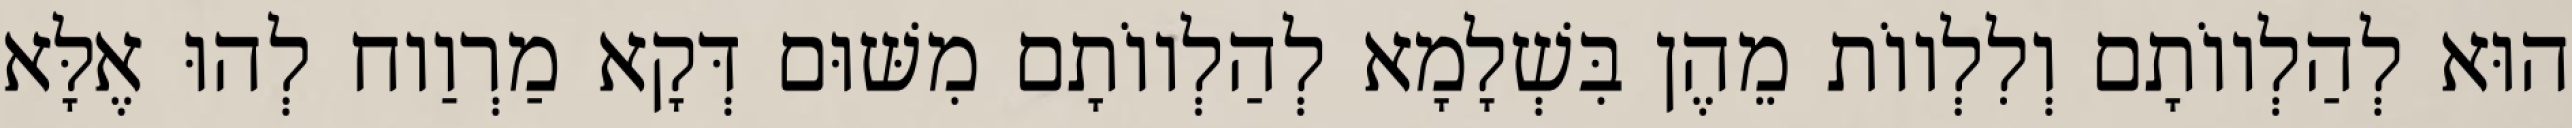
הוּא לְהַלְווֹתָם וְלִלְווֹת מֵהֶן בִּשְׁלָמָא לְהַלְווֹתָם מִשּׁוּם דְּקָא מַרְוַוח לְהוּ אֶלָּא